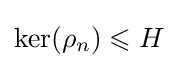
\ker(\rho _{n})\leqslant H